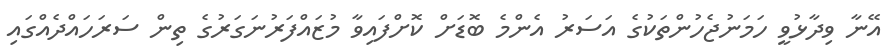
އޭނާ ވިދާޅުވީ ހަމަނުޖެހުންތަކުގެ އަސަރު އެންމެ ބޮޑަށް ކޮށްފައިވާ މުޒައްފަރުނަގަރުގެ ތިން ސަރަހައްދެއްގައި